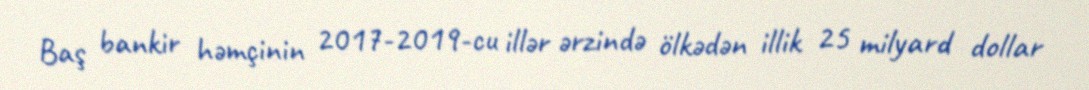
Baş bankir həmçinin 2017-2019-cu illər ərzində ölkədən illik 25 milyard dollar